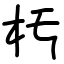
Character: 𣏓